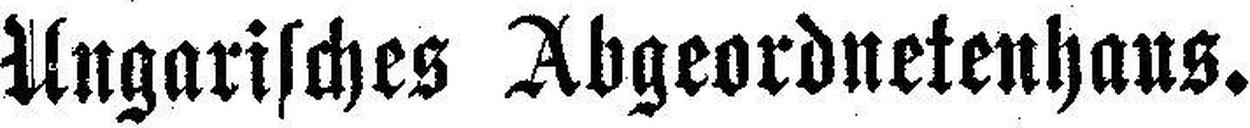
Ungarisches Abgeordnetenhaus.